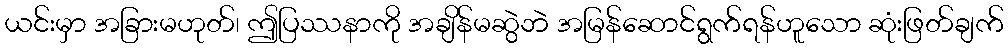
ယင်းမှာ အခြားမဟုတ်၊ ဤပြဿနာကို အချိန်မဆွဲဘဲ အမြန်ဆောင်ရွက်ရန်ဟူသော ဆုံးဖြတ်ချက်